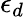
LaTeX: \epsilon_{d}